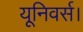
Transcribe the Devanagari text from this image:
यूनिवर्स।